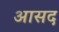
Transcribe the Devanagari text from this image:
आसद